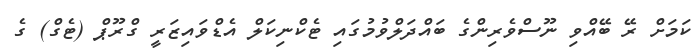
ކަމަށް ރޭ ބޭއްވި ނޫސްވެރިންގެ ބައްދަލްވުމުގައި ޓެކްނިކަލް އެޑްވައިޒަރީ ގްރޫޕް (ޓެގް) ގެ